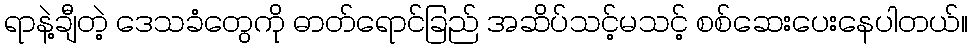
ရာနဲ့ချီတဲ့ ဒေသခံတွေကို ဓာတ်ရောင်ခြည် အဆိပ်သင့်မသင့် စစ်ဆေးပေးနေပါတယ်။